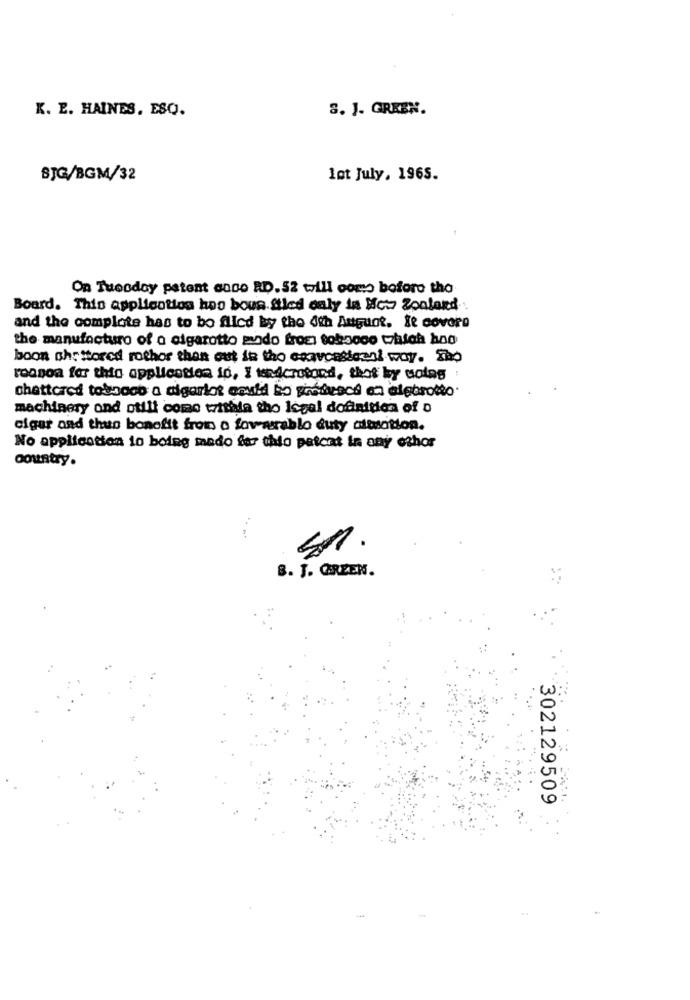
K. E. HAINES. ESQ.
8. J. GREEN.
SJG/BGM/32
let July, 1965.
On Tuesday patent cano RD. 52 will como boforo tho
Board. This application has bous Sticd only in New Zealand
and the complete has to bo flicd by the 4th Augunt. It covers
the manufacture of o cigarotto mundo fros: tobacco thatoh hno
boon ohr ttored rothor than out in tho enavcasicanl way. Sho
roanoa for this application ip, I tendcrotond, thot by colas
chattcred tobacco a cigarlot could bo pirátscé en alebrotto.
machinery ond otili come withda tho Isgel dofnitica of o
eiger and thus benefit from a formerable duty alisation.
No application io boing mado fer thio patcat in any ethor
country.
B. J. GREEN.
302129509